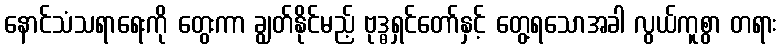
နောင်သံသရာရေးကို တွေးကာ ချွတ်နိုင်မည့် ဗုဒ္ဓရှင်တော်နှင့် တွေ့ရသောအခါ လွယ်ကူစွာ တရား